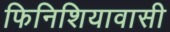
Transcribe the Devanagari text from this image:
फिनिशियावासी